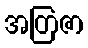
အတြဇာ